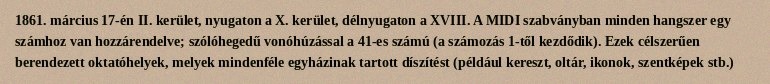
1861. március 17-én II. kerület, nyugaton a X. kerület, délnyugaton a XVIII. A MIDI szabványban minden hangszer egy számhoz van hozzárendelve; szólóhegedű vonóhúzással a 41-es számú (a számozás 1-től kezdődik). Ezek célszerűen berendezett oktatóhelyek, melyek mindenféle egyházinak tartott díszítést (például kereszt, oltár, ikonok, szentképek stb.)